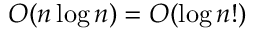
O ( n \log n ) = O ( \log n ! )